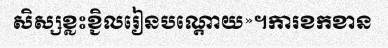
សិស្សខ្លះខ្ជិលរៀនបណ្តោយ»។ការខកខាន